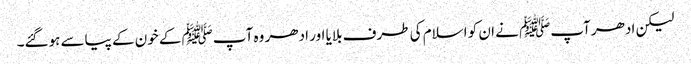
لیکن ادھر آپﷺ نے ان کو اسلام کی طرف بلایا اور ادھر وہ آپﷺ کے خون کے پیاسے ہوگئے۔